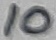
Text: 10